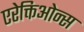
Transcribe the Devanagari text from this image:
एरेक्तिओन्स